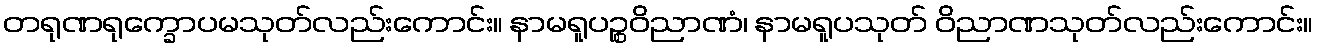
တရုဏရုက္ခောပမသုတ်လည်းကောင်း။ နာမရူပဉ္စဝိညာဏံ၊ နာမရူပသုတ် ဝိညာဏသုတ်လည်းကောင်း။